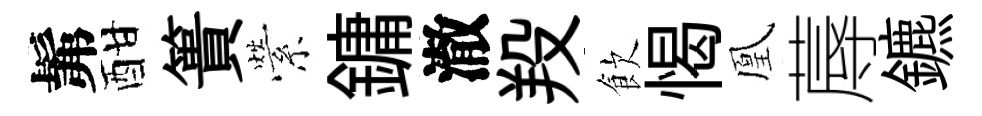
髴酣簣縈鏞澈羖飲愒凰蓐鑣